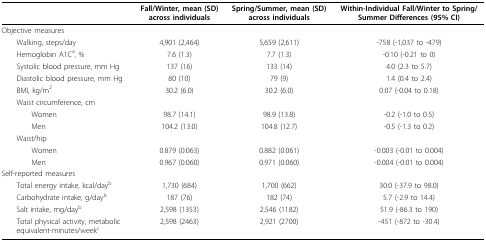
|  | Fall/Winter, mean (SD) across individuals | Spring/Summer, mean (SD) across individuals | Within-Individual Fall/Winter to Spring/Summer Differences (95% CI) |
 | --- | --- | --- | --- |
 | Objective measures |  |  |  |
 | Walking, steps/day | 4,901 (2,464) | 5,659 (2,611) | -758 (-1,037 to -479) |
 | Hemoglobin A1Ca, % | 7.6 (1.3) | 7.7 (1.3) | -0.10 (-0.21 to 0) |
 | Systolic blood pressure, mm Hg | 137 (16) | 133 (14) | 4.0 (2.3 to 5.7) |
 | Diastolic blood pressure, mm Hg | 80 (10) | 79 (9) | 1.4 (0.4 to 2.4) |
 | BMI, kg/m2 | 30.2 (6.0) | 30.2 (6.0) | 0.07 (-0.04 to 0.18) |
 | Waist circumference, cm |  |  |  |
 | Women | 98.7 (14.1) | 98.9 (13.8) | -0.2 (-1.0 to 0.5) |
 | Men | 104.2 (13.0) | 104.8 (12.7) | -0.5 (-1.3 to 0.2) |
 | Waist/hip |  |  |  |
 | Women | 0.879 (0.063) | 0.882 (0.061) | -0.003 (-0.01 to 0.004) |
 | Men | 0.967 (0.060) | 0.971 (0.060) | -0.004 (-0.01 to 0.004) |
 | Self-reported measures |  |  |  |
 | Total energy intake, kcal/dayb | 1,730 (684) | 1,700 (662) | 30.0 (-37.9 to 98.0) |
 | Carbohydrate intake, g/dayb | 187 (76) | 182 (74) | 5.7 (-2.9 to 14.4) |
 | Salt intake, mg/dayb | 2,598 (1353) | 2,546 (1182) | 51.9 (-86.3 to 190) |
 | Total physical activity, metabolic equivalent-minutes/weekc | 2,598 (2463) | 2,921 (2700) | -451 (-872 to -30.4) |